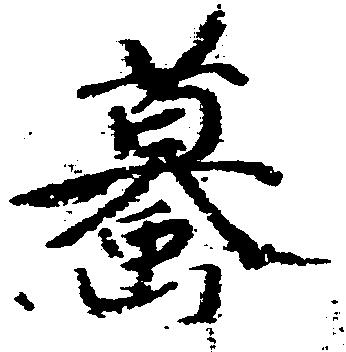
蟇